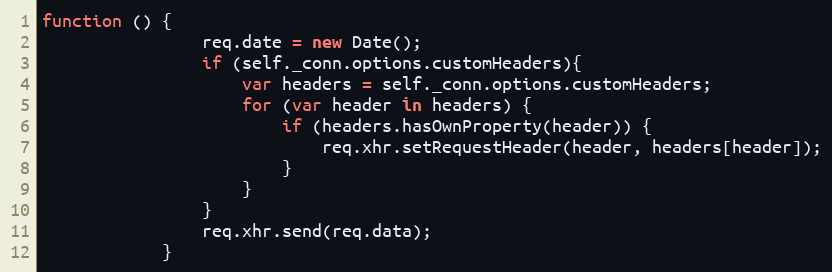
Language: JavaScript
function () {
                req.date = new Date();
                if (self._conn.options.customHeaders){
                    var headers = self._conn.options.customHeaders;
                    for (var header in headers) {
                        if (headers.hasOwnProperty(header)) {
                            req.xhr.setRequestHeader(header, headers[header]);
                        }
                    }
                }
                req.xhr.send(req.data);
            }